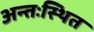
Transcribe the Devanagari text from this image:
अन्तःस्थित